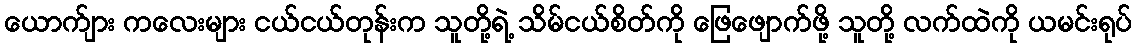
ယောက်ျား ကလေးများ ငယ်ငယ်တုန်းက သူတို့ရဲ့ သိမ်ငယ်စိတ်ကို ဖြေဖျောက်ဖို့ သူတို့ လက်ထဲကို ယမင်းရုပ်